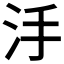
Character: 𣲬